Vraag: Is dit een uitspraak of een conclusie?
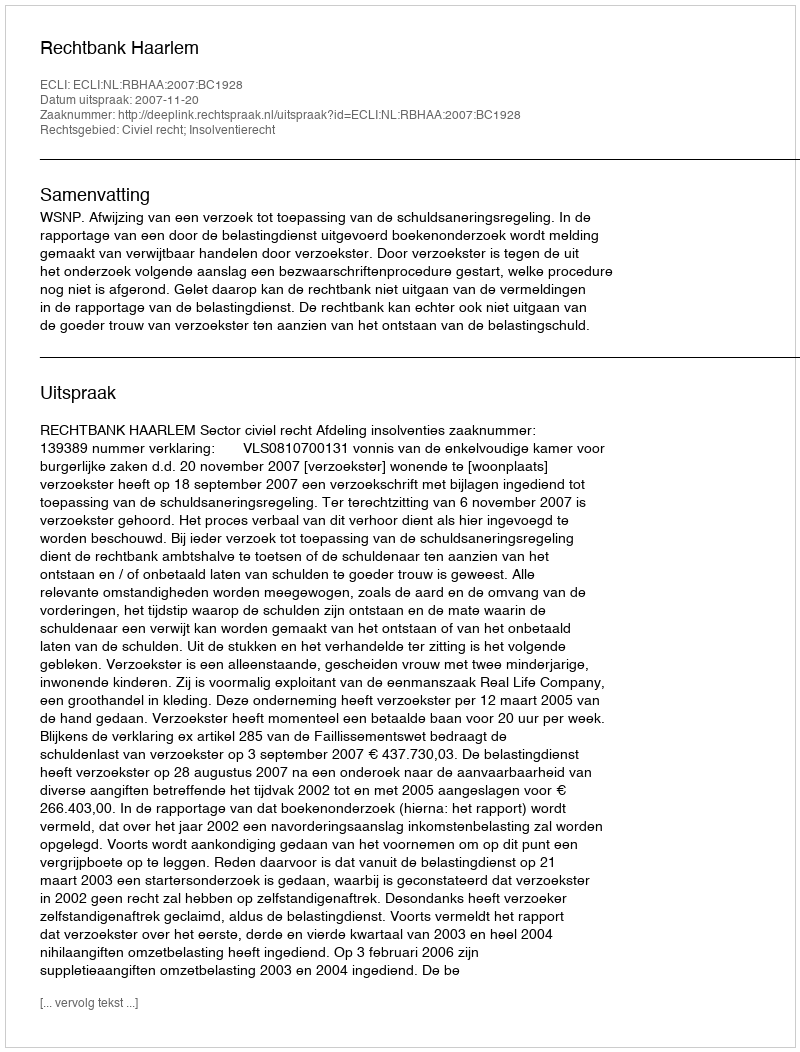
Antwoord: Uitspraak